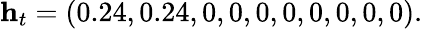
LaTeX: \mathbf{h}_{t}=(0.24,0.24,0,0,0,0,0,0,0,0).